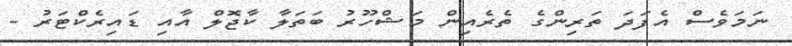
ނަމަވެސް އެފަދަ ތަރިންގެ ތެރެއިން މަޝްހޫރު ބަތަލާ ކާޖޮލް އާއި ޑައިރެކްޓަރު -